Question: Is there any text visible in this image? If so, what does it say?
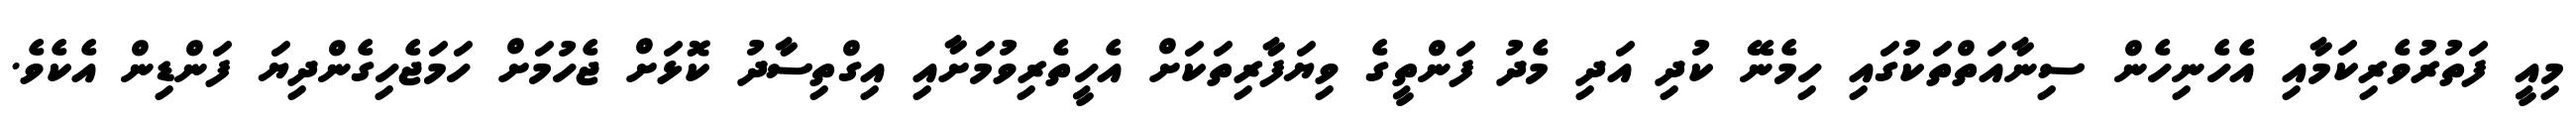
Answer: މިއީ ފަތުރުވެރިކަމާއި އެހެނިހެން ސިނާއަތްތަކުގައި ހިމެނޭ ކުދި އަދި މެދު ފަންތީގެ ވިޔަފާރިތަކަށް އެހީތެރިވުމަށާއި އިގްތިސާދު ކޮޅަށް ޖެހުމަށް ހަމަޖެހިގެންދިޔަ ފަންޑިން އެކެވެ.